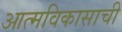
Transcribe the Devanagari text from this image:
आत्मविकासाची